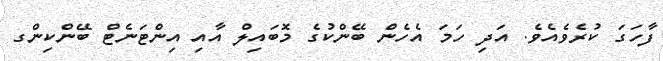
ފާހަގަ ކުރެވެއެވެ. އަދި ހަމަ އެހެން ބޭންކުގެ މޮބައިލް އާއި އިންޓަނެޓް ބޭންކިންގ